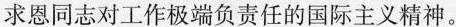
求恩同志对工作极端负责任的国际主义精神。